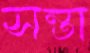
সন্তা